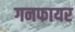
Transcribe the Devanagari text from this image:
गनफायर